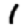
Digit: 1